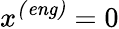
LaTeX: x^{\mathit{(eng)}}=0